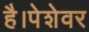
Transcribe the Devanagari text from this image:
है।पेशेवर